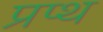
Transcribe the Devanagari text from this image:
प्रप्थ